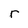
Character: r